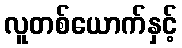
လူတစ်ယောက်နှင့်